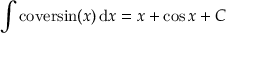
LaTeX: \int \mathrm { c o v e r s i n } ( x ) \, \mathrm { d } x = x + \cos { x } + C